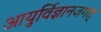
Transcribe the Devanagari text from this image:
आयुर्विज्ञानजगत्